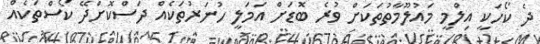
ދެ ކޯހަކީ އިލްމީ މައުލޫމާތުތަކަށް ވުރެ ބޮޑަށް އަމަލީ ހުނަރުތަކެއް ދަސްކޮށްދޭ ކޯސްތަކެއް